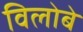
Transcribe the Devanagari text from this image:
विलोबे